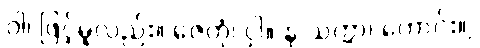
ဝါ၊ ဖြင့်မူလည်း။ ဇေတုံ၊ ငှါ။ န သက္ကာ၊ ကောင်း။]